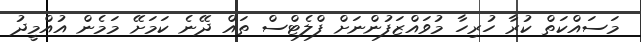
މަސައްކަތް ކުރާ ހުރިހާ މުވައްޒަފުންނަށް ފްލެޓްސް ތައް ދޭނެ ކަމަށޭ މަމެން އުއްމީދު